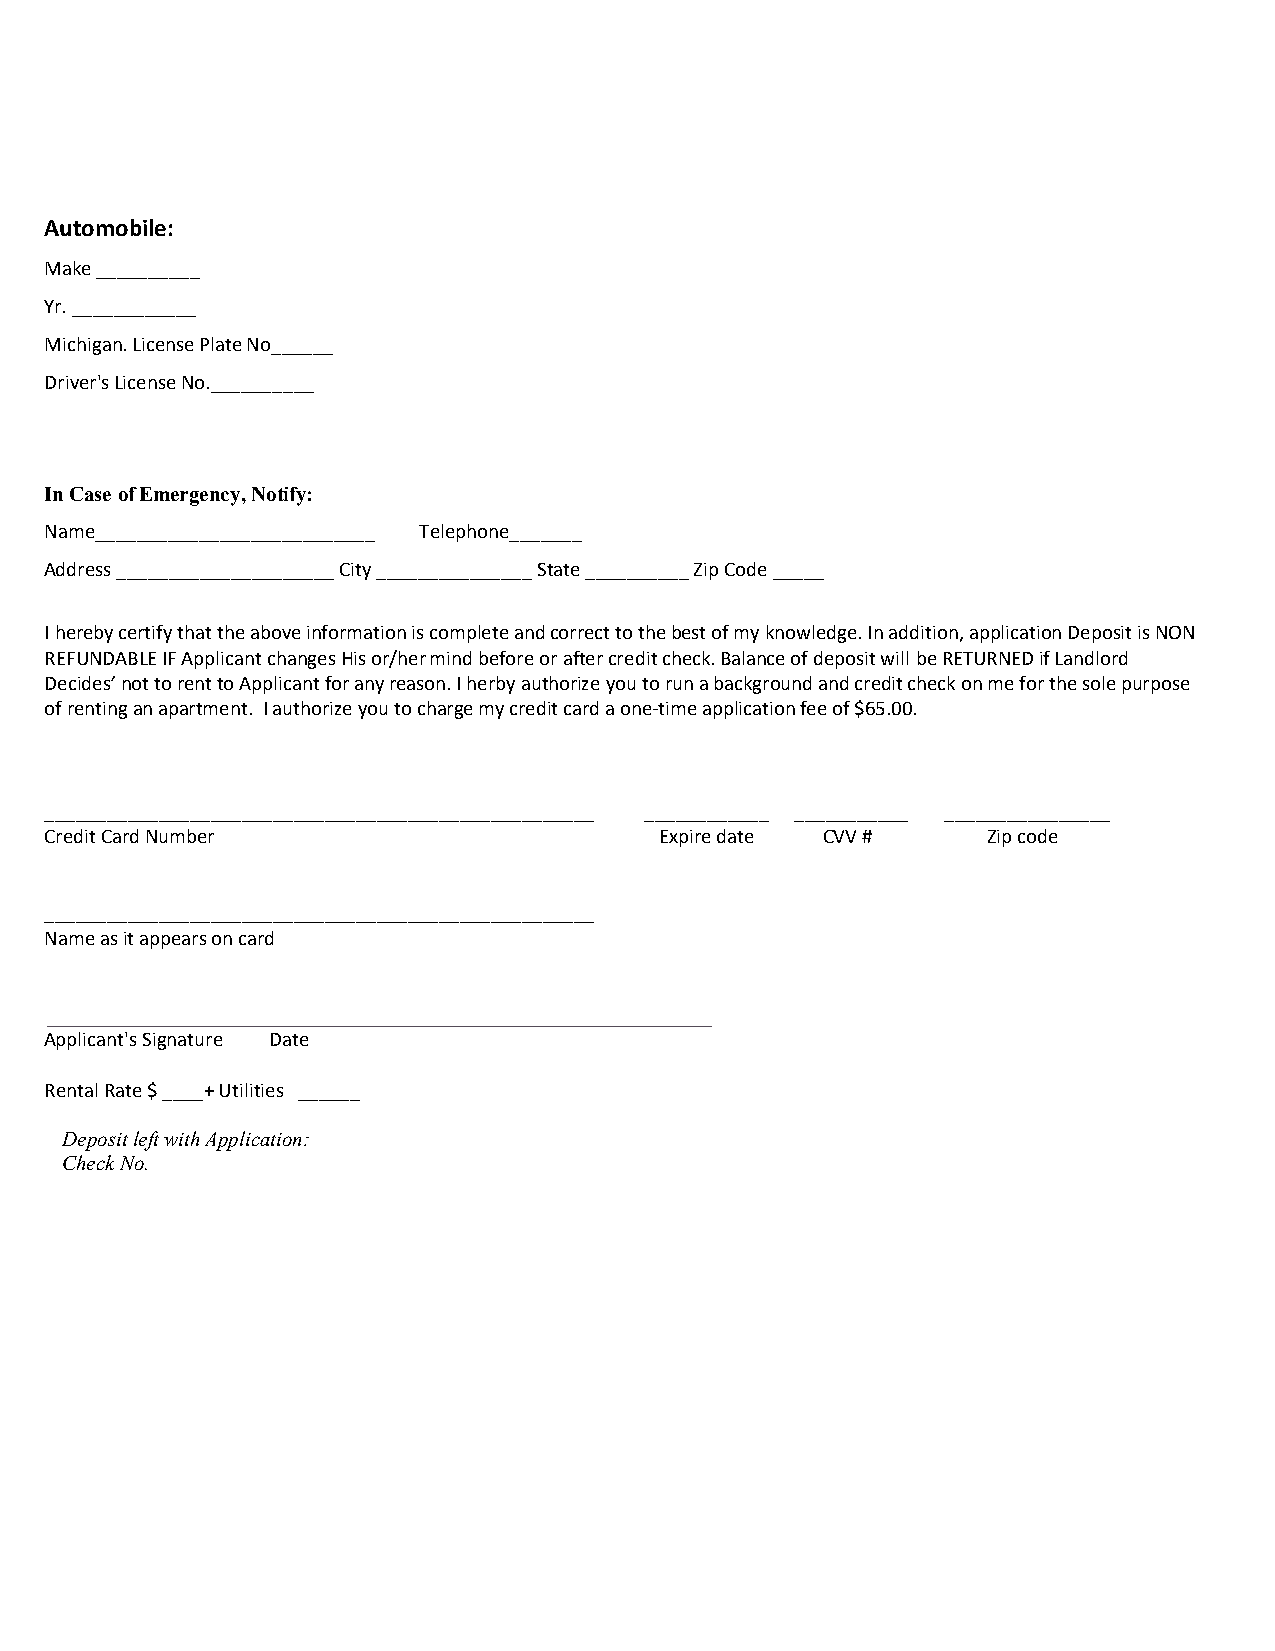
Automobile:
 Make __________
 Yr. ____________
 Michigan. License Plate No______
 Driver's License No.__________
 In Case of Emergency, Notify:
 Name___________________________ Telephone_______
 Address _____________________ City _______________ State __________ Zip Code _____
 I hereby certify that the above information is complete and correct to the best of my knowledge. In addition, application Deposit is NON
 REFUNDABLE IF Applicant changes His or/her mind before or after credit check. Balance of deposit will be RETURNED if Landlord
 Decides’ not to rent to Applicant for any reason. I herby authorize you to run a background and credit check on me for the sole purpose
 of renting an apartment. I authorize you to charge my credit card a one-time application fee of $65.00.
 _____________________________________________________ ____________ ___________ ________________
 Credit Card Number                       Expire date CVV #    Zip code
 _____________________________________________________
 Name as it appears on card
 Applicant's Signature Date
 Rental Rate $ ____+ Utilities ______
 Deposit left with Application:
 Check No.